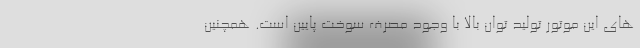
های این موتور تولید توان بالا با وجود مصرف سوخت پایین است. همچنین